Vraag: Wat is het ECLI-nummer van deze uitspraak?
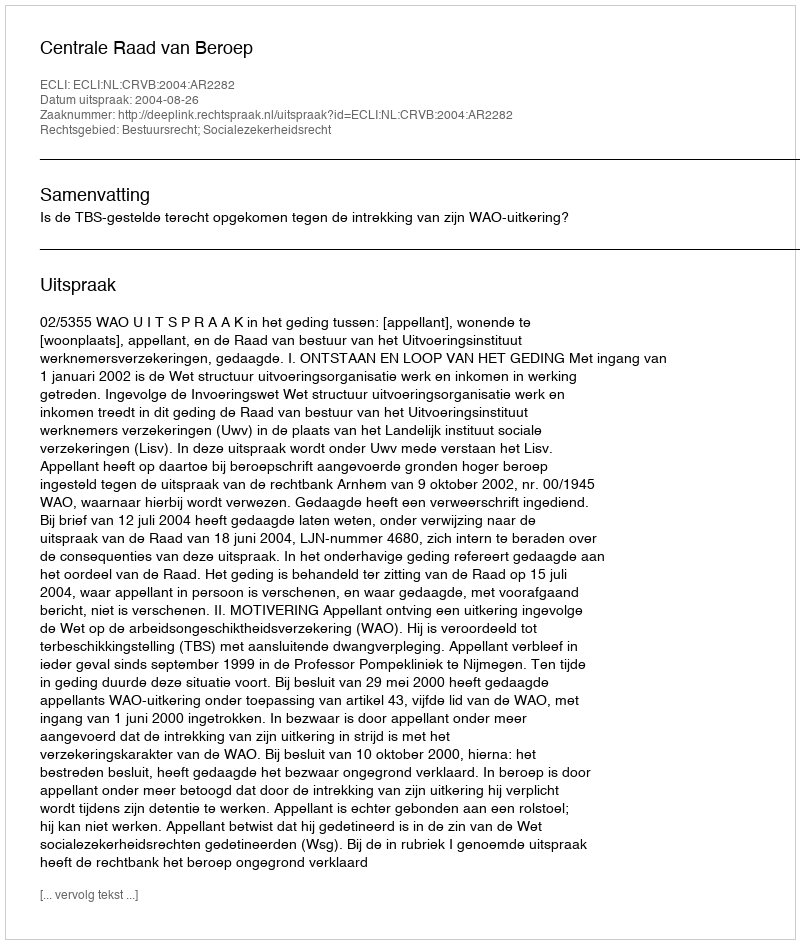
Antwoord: ECLI:NL:CRVB:2004:AR2282